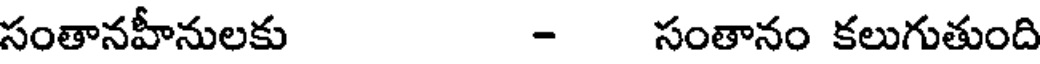
సంతానహీనులకు - సంతానం కలుగుతుంది